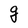
Character: g